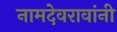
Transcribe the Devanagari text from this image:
नामदेवरावांनी